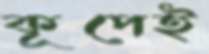
কূপেই